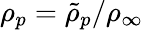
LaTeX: \rho_{p}={\tilde{\rho}_{p}}/{\rho_{\infty}}